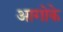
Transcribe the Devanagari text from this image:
आगोके